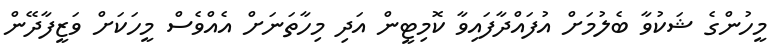
މީހުންގެ ޝަކުވާ ބެލުމަށް އުފައްދާފައިވާ ކޮމިޓީން އަދި މިހާތަނަށް އެއްވެސް މީހަކަށް ވަޒީފާދޭން